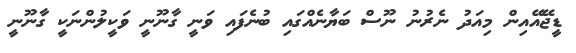
ޑީޖޭއޭއިން މިއަދު ނެރުނު ނޫސް ބަޔާނެއްގައި ބުނެފައި ވަނީ ގާނޫނީ ވަކީލުންނަކީ ގާނޫނީ